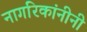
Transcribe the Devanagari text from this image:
नागरिकांनीनी